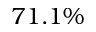
7 1 . 1 \%